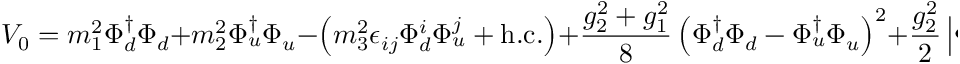
V _ { 0 } = m _ { 1 } ^ { 2 } \Phi _ { d } ^ { \dag } \Phi _ { d } + m _ { 2 } ^ { 2 } \Phi _ { u } ^ { \dag } \Phi _ { u } - \left( m _ { 3 } ^ { 2 } \epsilon _ { i j } \Phi _ { d } ^ { i } \Phi _ { u } ^ { j } + \mathrm { h . c . } \right) + \frac { g _ { 2 } ^ { 2 } + g _ { 1 } ^ { 2 } } { 8 } \left( \Phi _ { d } ^ { \dag } \Phi _ { d } - \Phi _ { u } ^ { \dag } \Phi _ { u } \right) ^ { 2 } + \frac { g _ { 2 } ^ { 2 } } { 2 } \left| \Phi _ { d } ^ { \dag } \Phi _ { u } \right| ^ { 2 } ,